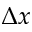
\Delta x